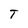
Character: T